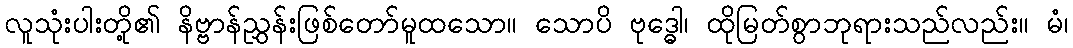
လူသုံးပါးတို့၏ နိဗ္ဗာန်ညွှန်းဖြစ်တော်မူထသော။ သောပိ ဗုဒ္ဓေါ၊ ထိုမြတ်စွာဘုရားသည်လည်း။ မံ၊